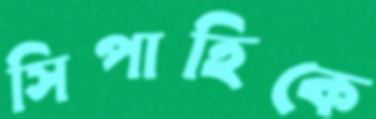
সিপাহিকে